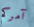
آمركم